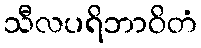
သီလပရိဘာဝိတံ